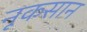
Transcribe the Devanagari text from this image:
नूकसान